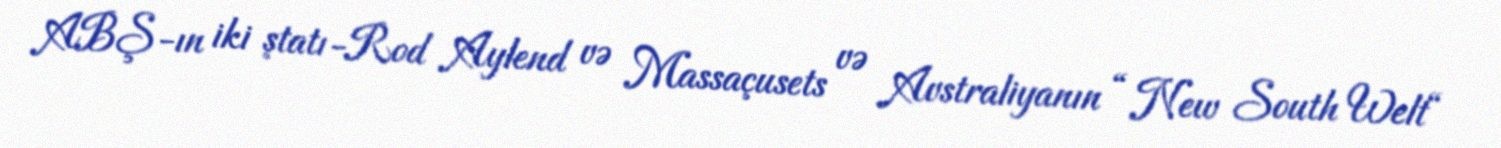
ABŞ-ın iki ştatı-Rod Aylend və Massaçusets və Avstraliyanın “ New South Welt“